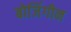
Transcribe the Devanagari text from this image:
बोर्जिगीन